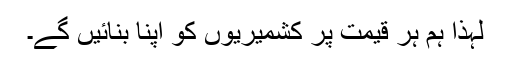
لہذا ہم ہر قیمت پر کشمیریوں کو اپنا بنائیں گے۔